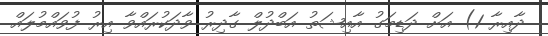
ދާއިރާ 1) އަށް ދަޑިމަގު އާއިޝަތު އަބްދުލް ގާދިރު ވާދަކުރައްވާ އިރު ފުވައްމުލައް